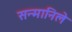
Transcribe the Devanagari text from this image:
सन्मानिले